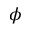
\phi